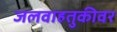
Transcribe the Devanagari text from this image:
जलवाहतुकीवर